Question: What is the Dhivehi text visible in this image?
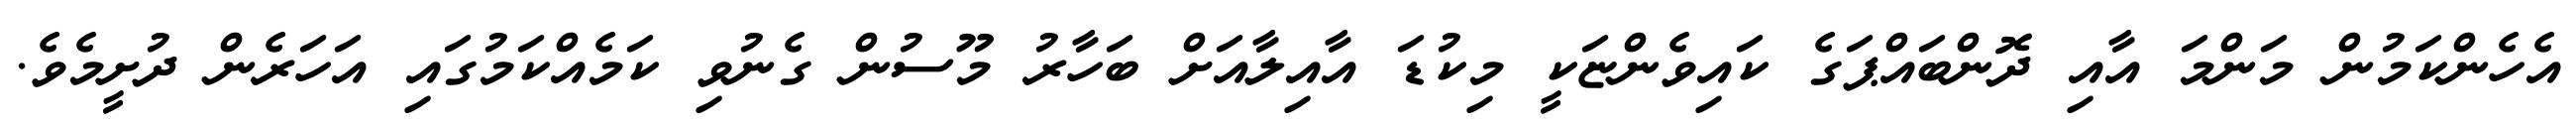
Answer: އެހެންކަމުން މަންމަ އާއި ދޮންބައްޕަގެ ކައިވެންޏަކީ މިކުޑަ އާއިލާއަށް ބަހާރު މޫސުން ގެނުވި ކަމެއްކަމުގައި އަހަރެން ދުށީމެވެ.